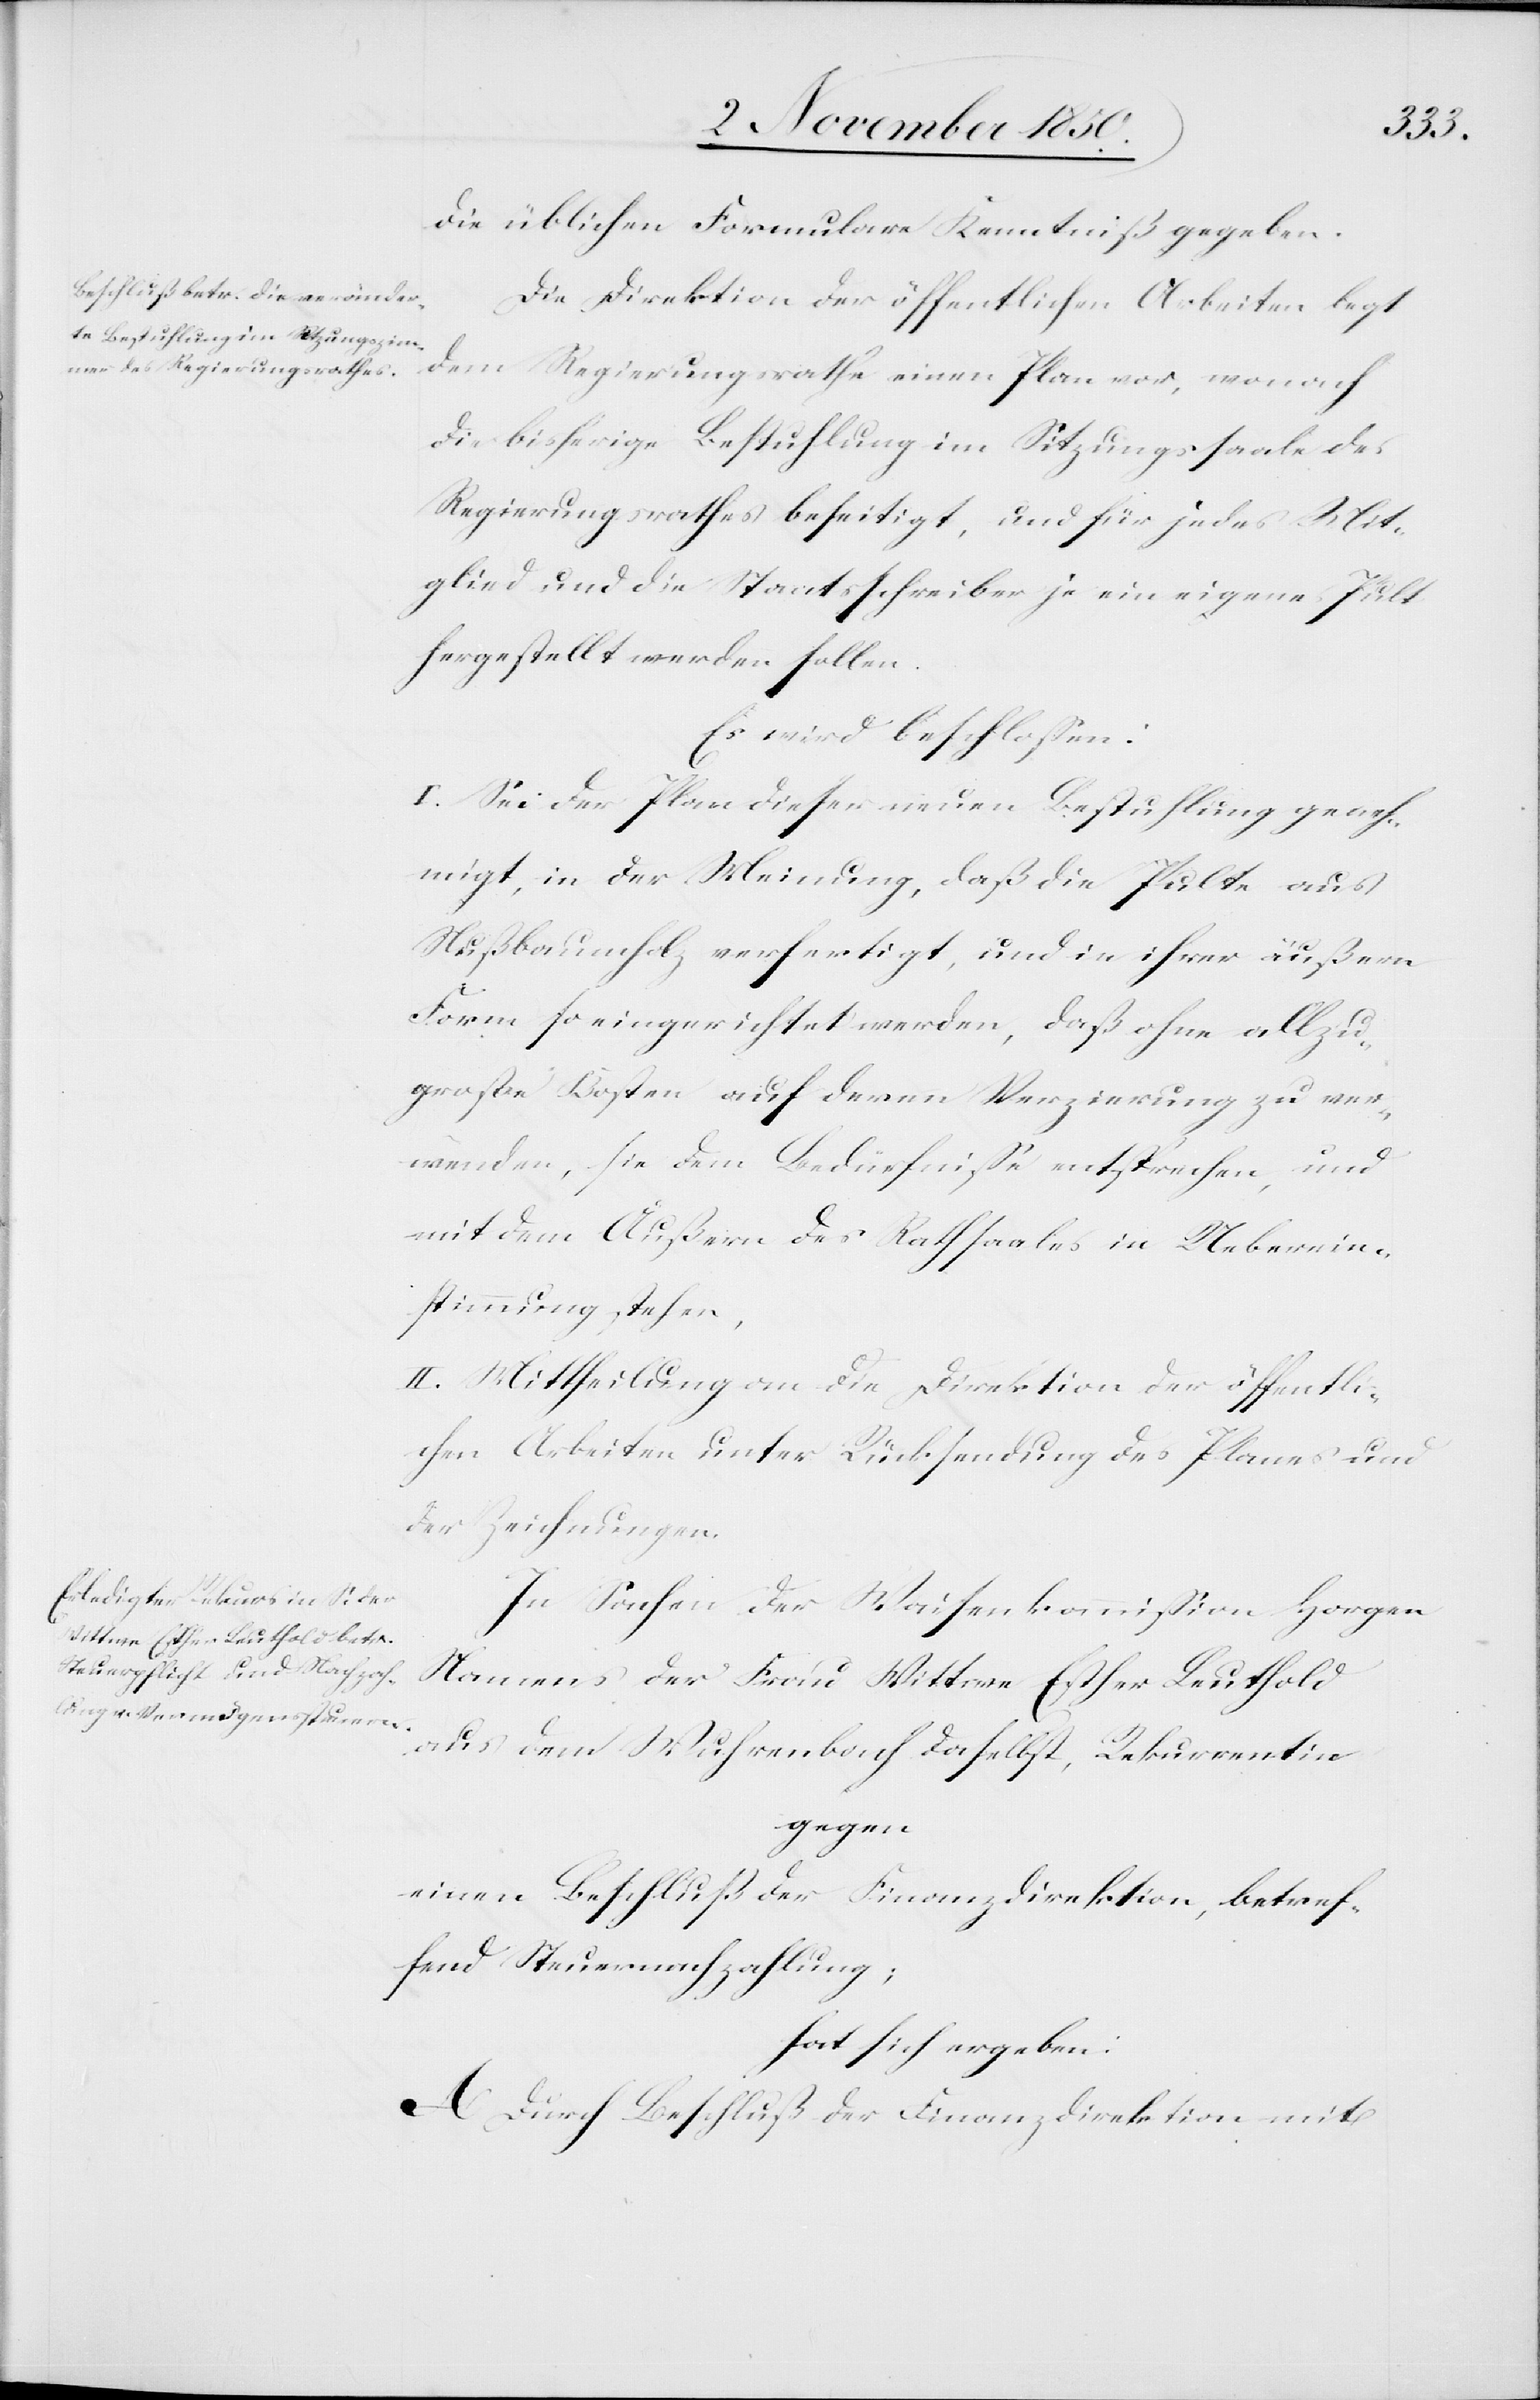
die üblichen Formulare Kenntniß gegeben.
Die Direktion der öffentlichen Arbeiten legt
dem Regierungsrathe einen Plan vor, wonach
die bisherige Bestuhlung im Sitzungssaale des
Regierungsrathes beseitigt, und für jedes Mit¬
glied und die Staatsschreiber je ein eigenes Pult
hergestellt werden sollen.
Es wird beschlossen:
I. Sei der Plan dieser neuen Bestuhlung geneh¬
migt, in der Meinung, daß die Pulte aus
Nußbaumholz verfertigt, und in ihrer äußern
Form so eingerichtet werden, daß ohne allzu¬
grosse Kosten auf deren Verzierung zu ver¬
wenden, sie dem Bedürfnisse entsprechen, und
mit dem Äußern des Rathsaales in Ueberein¬
stimmung stehen,
II. Mittheilung an die Direktion der öffentli¬
chen Arbeiten unter Rücksendung des Planes und
der Zeichnungen.
In Sachen der Waisenkommission Horgen
Namens der Frau Wittwe Esther Leuthold
aus dem Wuhrenbach daselbst, Rekurrentin
gegen
einen Beschluß der Finanzdirektion, betref¬
fend Steuernachzahlung;
hat sich ergeben:
A Durch Beschluß der Finanzdirektion mit